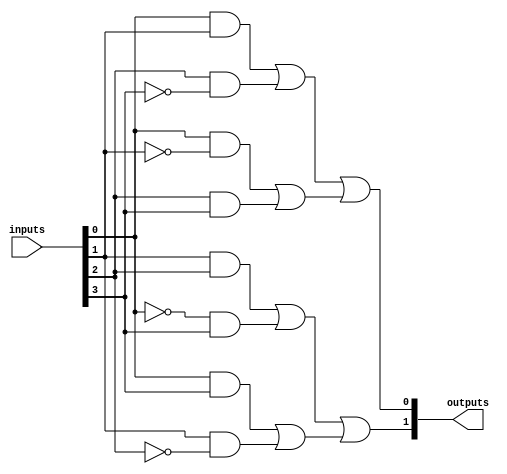
module FusedPAL (
    input wire [N-1:0] inputs,      // N input lines
    output wire [M-1:0] outputs      // M output lines
);

// Parameters for the number of inputs and outputs
parameter N = 4; // Number of inputs
parameter M = 2; // Number of outputs
parameter P = 4; // Number of programmable AND gates

// Programmable AND gates
wire [P-1:0] and_out; // Outputs of AND gates

// Define the programmable AND gates
// Each AND gate can be configured with a specific combination of inputs
assign and_out[0] = (inputs[0] & inputs[1]) | (inputs[2] & ~inputs[3]); // Example configuration
assign and_out[1] = (inputs[0] & ~inputs[1]) | (inputs[2] & inputs[3]); // Example configuration
assign and_out[2] = (inputs[1] & inputs[2]) | (~inputs[0] & inputs[3]); // Example configuration
assign and_out[3] = (inputs[0] & inputs[3]) | (inputs[1] & ~inputs[2]); // Example configuration

// Fixed OR gates
assign outputs[0] = and_out[0] | and_out[1]; // Output 1 combines AND gate 0 and 1
assign outputs[1] = and_out[2] | and_out[3]; // Output 2 combines AND gate 2 and 3

endmodule